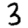
Digit: 3